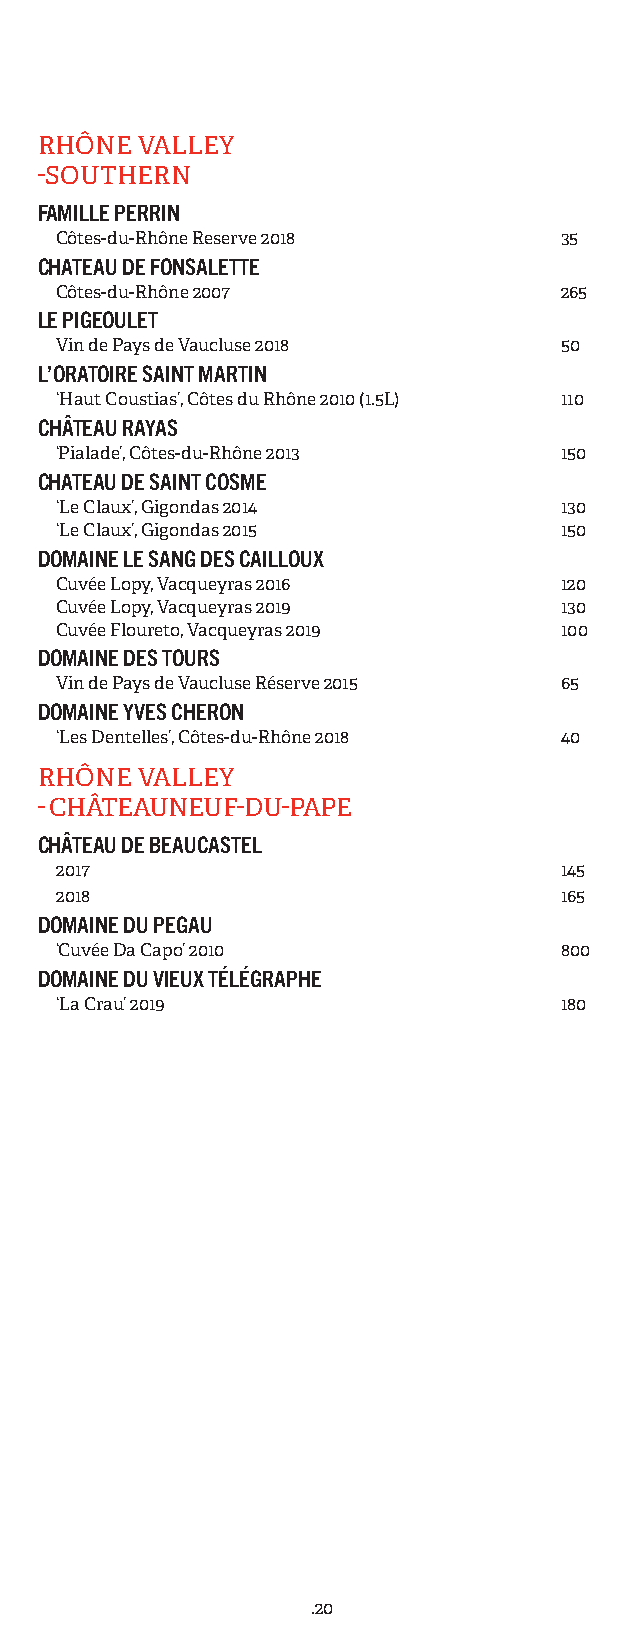
RHÔNE  VALLEY
 -SOUTHERN
 FAMILLE PERRIN
 Côtes-du-Rhône Reserve 2018      35
 CHATEAU DE FONSALETTE
 Côtes-du-Rhône 2007              265
 LE PIGEOULET
 Vin de Pays de Vaucluse 2018     50
 L’ORATOIRE SAINT MARTIN
 ‘Haut Coustias’, Côtes du Rhône 2010 (1.5L) 110
 CHÂTEAU RAYAS
 ‘Pialade’, Côtes-du-Rhône 2013   150
 CHATEAU DE SAINT COSME
 ‘Le Claux’, Gigondas 2014        130
 ‘Le Claux’, Gigondas 2015        150
 DOMAINE LE SANG DES CAILLOUX
 Cuvée Lopy, Vacqueyras 2016      120
 Cuvée Lopy, Vacqueyras 2019      130
 Cuvée Floureto, Vacqueyras 2019  100
 DOMAINE DES TOURS
 Vin de Pays de Vaucluse Réserve 2015 65
 DOMAINE YVES CHERON
 ‘Les Dentelles’, Côtes-du-Rhône 2018 40
 RHÔNE  VALLEY
 - CHÂTEAUNEUF-DU-PAPE
 CHÂTEAU DE BEAUCASTEL
 2017                             145
 2018                             165
 DOMAINE DU PEGAU
 ‘Cuvée Da Capo’ 2010             800
 DOMAINE DU VIEUX TÉLÉGRAPHE
 ‘La Crau’ 2019                   180
 .20